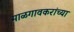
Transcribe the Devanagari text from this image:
माळगावकरांच्या